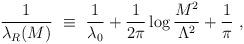
LaTeX: \begin{align*}\frac{1}{\lambda_R (M) } ~\equiv ~ \frac{1}{\lambda_0} + \frac{1}{2\pi} \log \frac{M^2}{\Lambda^2} + \frac{1}{\pi} ~, \end{align*}